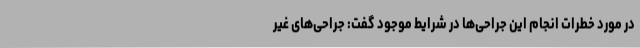
در مورد خطرات انجام این جراحی‌ها در شرایط موجود گفت: جراحی‌های غیر